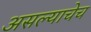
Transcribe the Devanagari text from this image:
असल्याचेच